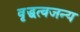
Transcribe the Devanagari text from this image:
वृद्धत्वजन्य